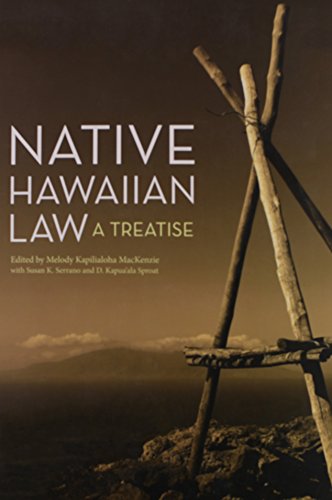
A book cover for Native Hawaiian Law: A Treatise; Law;